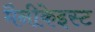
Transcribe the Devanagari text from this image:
मैनीकेइस्ट